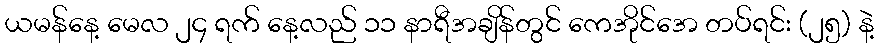
ယမန်နေ့ မေလ ၂၄ ရက် နေ့လည် ၁၁ နာရီအချိန်တွင် ကေအိုင်အေ တပ်ရင်း (၂၅) နဲ့